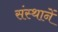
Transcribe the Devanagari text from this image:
संस्थानें